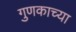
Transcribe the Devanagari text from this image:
गुणकाच्या